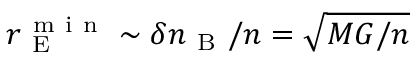
r _ { \mathrm { ~ E ~ } } ^ { \mathrm { ~ m ~ i ~ n ~ } } \sim \delta n _ { \mathrm { ~ B ~ } } / n = \sqrt { M G / n }